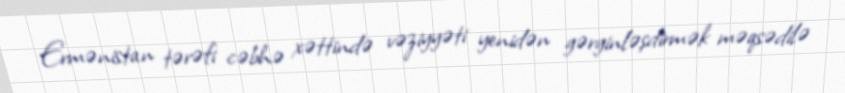
Ermənistan tərəfi cəbhə xəttində vəziyyəti yenidən gərginləşdirmək məqsədilə